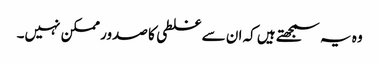
وہ یہ سمجھتے ہیں کہ ان سے غلطی کا صدور ممکن نہیں۔